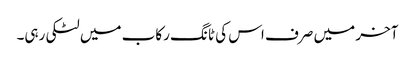
آخر میں صرف اس کی ٹانگ رکاب میں لٹکی رہی۔